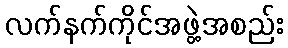
လက်နက်ကိုင်အဖွဲ့အစည်း